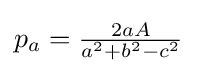
p_{a}={\tfrac {2aA}{a^{2}+b^{2}-c^{2}}}